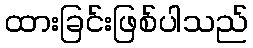
ထားခြင်းဖြစ်ပါသည်